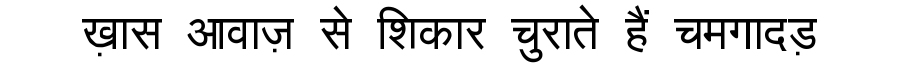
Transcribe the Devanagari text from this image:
ख़ास आवाज़ से शिकार चुराते हैं चमगादड़